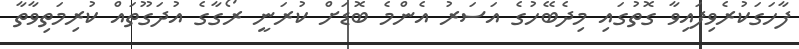
ފާހަގަކުރެވިފައިވާ ގޮތުގައި މިދެބޭހުގެ އަސަރު އެންމެ ބޮޑަށް ކުރަނީ ރޯގާގެ އުދަގޫތައް ކުރިމަތިވާތާ